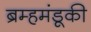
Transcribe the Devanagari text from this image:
ब्रम्हमंडूकी